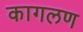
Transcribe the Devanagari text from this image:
कागलण